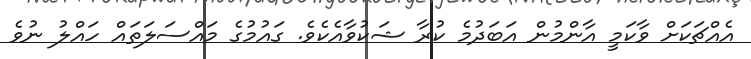
އެއްޗަކަށް ވާކަމީ އާންމުން އަބަދުމެ ކުރާ ޝަކުވާއެކެވެ. ގައުމުގެ މައްސަލަތައް ހައްލު ނުވެ